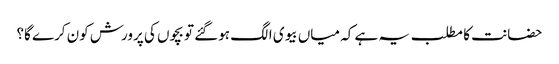
حضانت کا مطلب یہ ہے کہ میاں بیوی الگ ہوگئے تو بچوں کی پرورش کون کرے گا؟